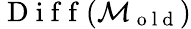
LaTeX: \mathrm{~D~i~f~f~}(\mathcal{M}_{\mathrm{~o~l~d~}})